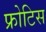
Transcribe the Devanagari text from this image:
फ्रोटिस